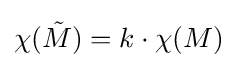
\chi ({\tilde {M}})=k\cdot \chi (M)